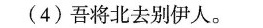
(4)吾将北去别伊人。